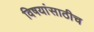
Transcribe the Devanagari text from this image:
विषयांसाठीच